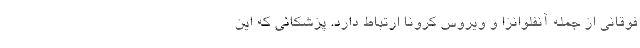
فوقانی از جمله آنفلوانزا و ویروس کرونا ارتباط دارد. پزشکانی که این